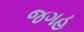
જગહ